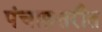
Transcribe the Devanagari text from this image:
पंचाहत्तरीत